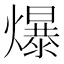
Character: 爆